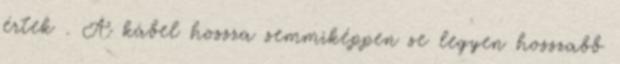
értek . A kábel hossza semmiképpen se legyen hosszabb